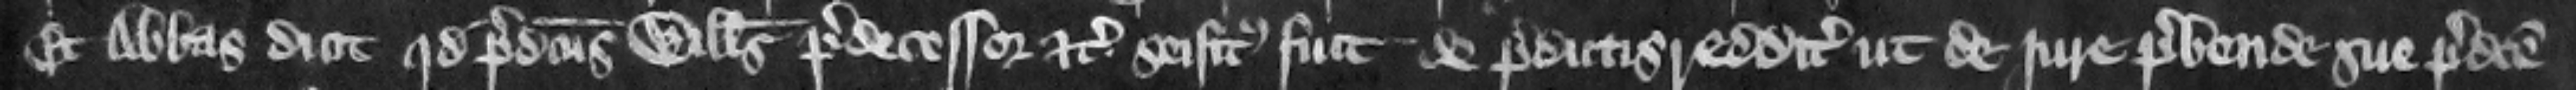
Et abbas dicit quod predictus Willelmus predecessor etc. seisitus fuit de predictis redditibus ut de jure prebende sue predicte.